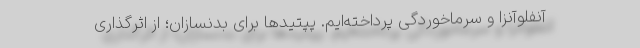
آنفلوآنزا و سرماخوردگی پرداخته‌ایم. پپتیدها برای بدنسازان؛ از اثرگذاری